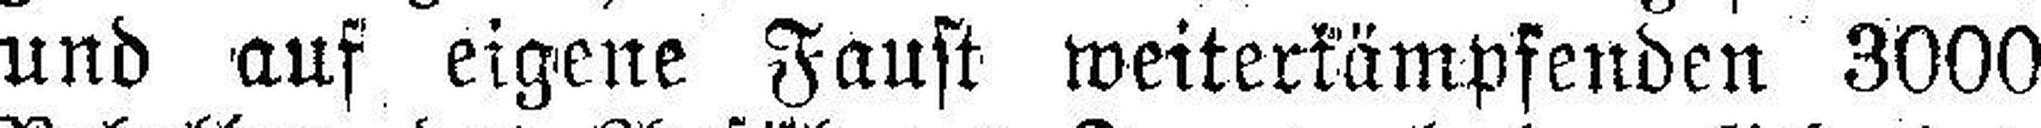
und auf eigene Faust weiterkämpfenden 3000